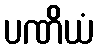
ပဏိယံ